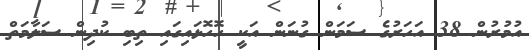
އުމުރުން 38 އަހަރުގެ ސަމަން ގުނަން އަކީ ހޮހޮޅައިގައި ތިބި ކުދިން ސަލާމަތް